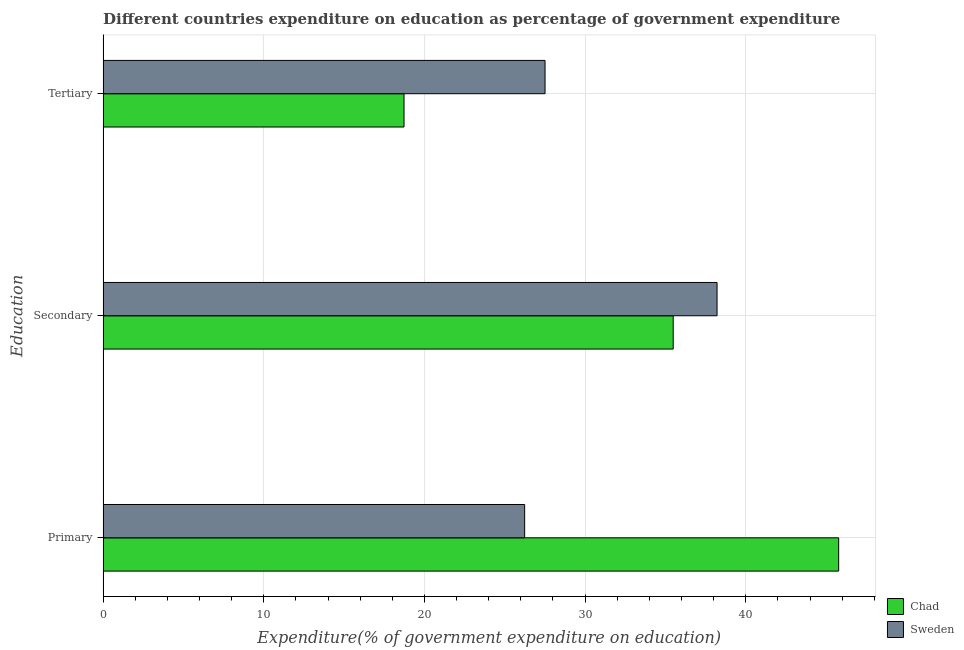
| Education | Chad | Sweden |
 | --- | --- | --- |
 | Primary | 45.8 | 26.2 |
 | Secondary | 35.5 | 38.2 |
 | Tertiary | 18.7 | 27.5 |